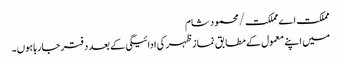
مملکت اے مملکت/محمود شام
میں اپنے معمول کے مطابق نماز ظہر کی ادائیگی کے بعد دفتر جارہا ہوں۔